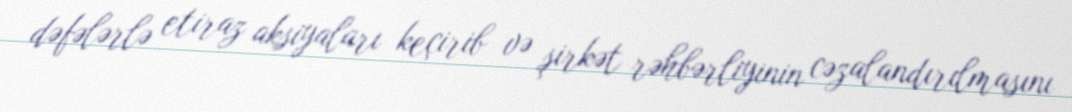
dəfələrlə etiraz aksiyaları keçirib və şirkət rəhbərliyinin cəzalandırılmasını